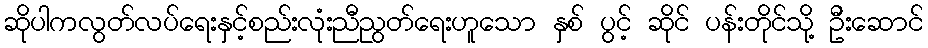
ဆိုပါကလွတ်လပ်ရေးနှင့်စည်းလုံးညီညွတ်ရေးဟူသော နှစ် ပွင့် ဆိုင် ပန်းတိုင်သို့ ဦးဆောင်